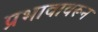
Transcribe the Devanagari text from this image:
प्रभावावरून